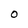
Character: O